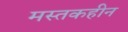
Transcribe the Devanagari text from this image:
मस्तकहीन